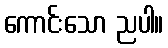
ကောင်းသော ညပါ။